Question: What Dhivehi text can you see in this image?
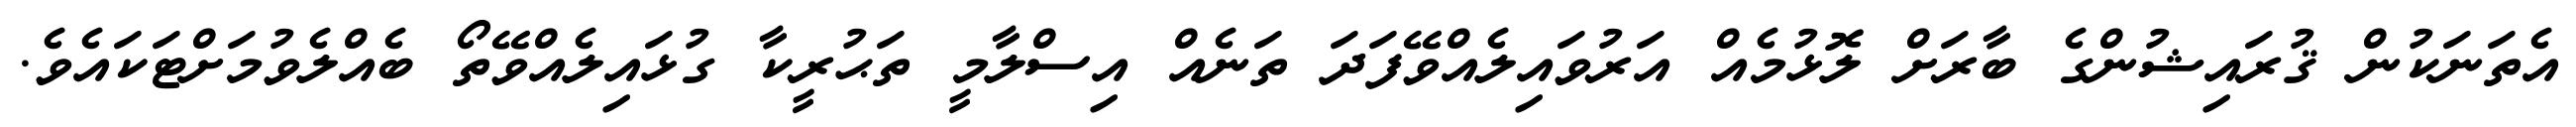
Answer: އެތަނަކުން ޤުރައިޝުންގެ ބާރަށް ލޮޅުމެއް އަރުވައިލެއްވޭފަދަ ތަނެއް އިސްލާމީ ތަޙުރީކާ ގުޅައިލެއްވޭތޯ ބެއްލެވުމަށްޓަކައެވެ.